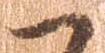
へ